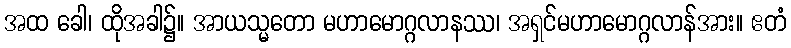
အထ ခေါ၊ ထိုအခါ၌။ အာယသ္မတော မဟာမောဂ္ဂလာနဿ၊ အရှင်မဟာမောဂ္ဂလာန်အား။ ဧတံ